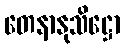
တေနာနုသိဋ္ဌော